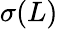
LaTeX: \sigma(L)